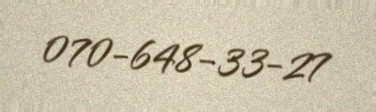
070-648-33-27